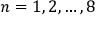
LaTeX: n = 1 , 2 , \ldots , 8